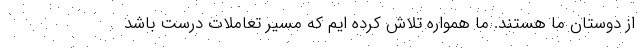
از دوستان ما هستند. ما همواره تلاش کرده ایم که مسیر تعاملات درست باشد